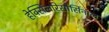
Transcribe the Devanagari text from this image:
हेक्सिलरिसोर्सिनाल